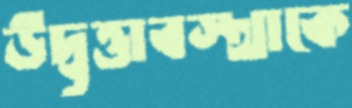
উদ্বৃত্তাবস্থাকে